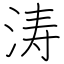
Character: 涛